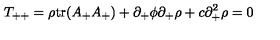
T _ { + + } = \rho \mathrm { t r } ( A _ { + } A _ { + } ) + \partial _ { + } \phi \partial _ { + } \rho + c \partial _ { + } ^ { 2 } \rho = 0